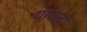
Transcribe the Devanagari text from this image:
यावळी